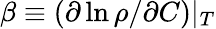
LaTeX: \beta\equiv(\partial\ln\rho/\partial C)|_{T}